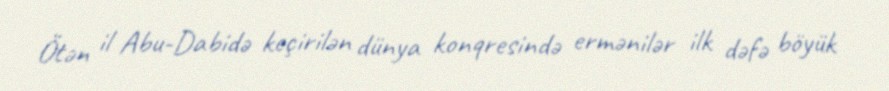
Ötən il Abu-Dabidə keçirilən dünya konqresində ermənilər ilk dəfə böyük